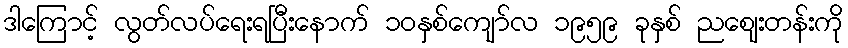
ဒါကြောင့် လွတ်လပ်ရေးရပြီးနောက် ၁၀နှစ်ကျော်လ ၁၉၅၉ ခုနှစ် ညဈေးတန်းကို